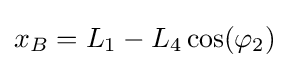
x_{B}=L_{1}-L_{4}\cos(\varphi _{2})